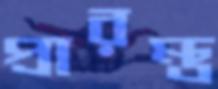
প্রারম্ভ